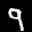
Label: 9